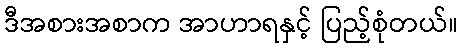
ဒီအစားအစာက အာဟာရနှင့် ပြည့်စုံတယ်။